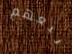
بيعهم